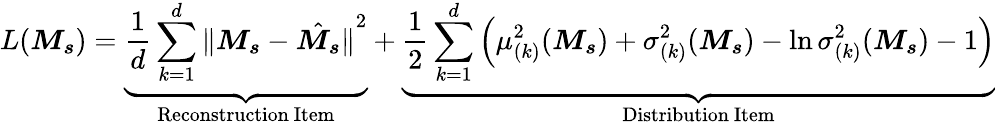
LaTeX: L(\boldsymbol{\mathit{M}_{s}})=\underbrace{{\frac{{1}}{{d}}\sum_{k=1}^{d}{\| \boldsymbol{\mathit{M}_{s}}-\hat{{\boldsymbol{\mathit{M}_{s}}}}\| }^{2}}}_{\mathrm{{Reconstruction~Item}}}+\underbrace{{\frac{{1}}{{2}}\sum_{k=1}^{d}\left(\mu_{(k)}^{2}(\boldsymbol{\mathit{M}_{s}})+\sigma_{(k)}^{2}(\boldsymbol{\mathit{M}_{s}})-\ln\sigma_{(k)}^{2}(\boldsymbol{\mathit{M}_{s}})-1\right)}}_{\mathrm{{Distribution~Item}}}